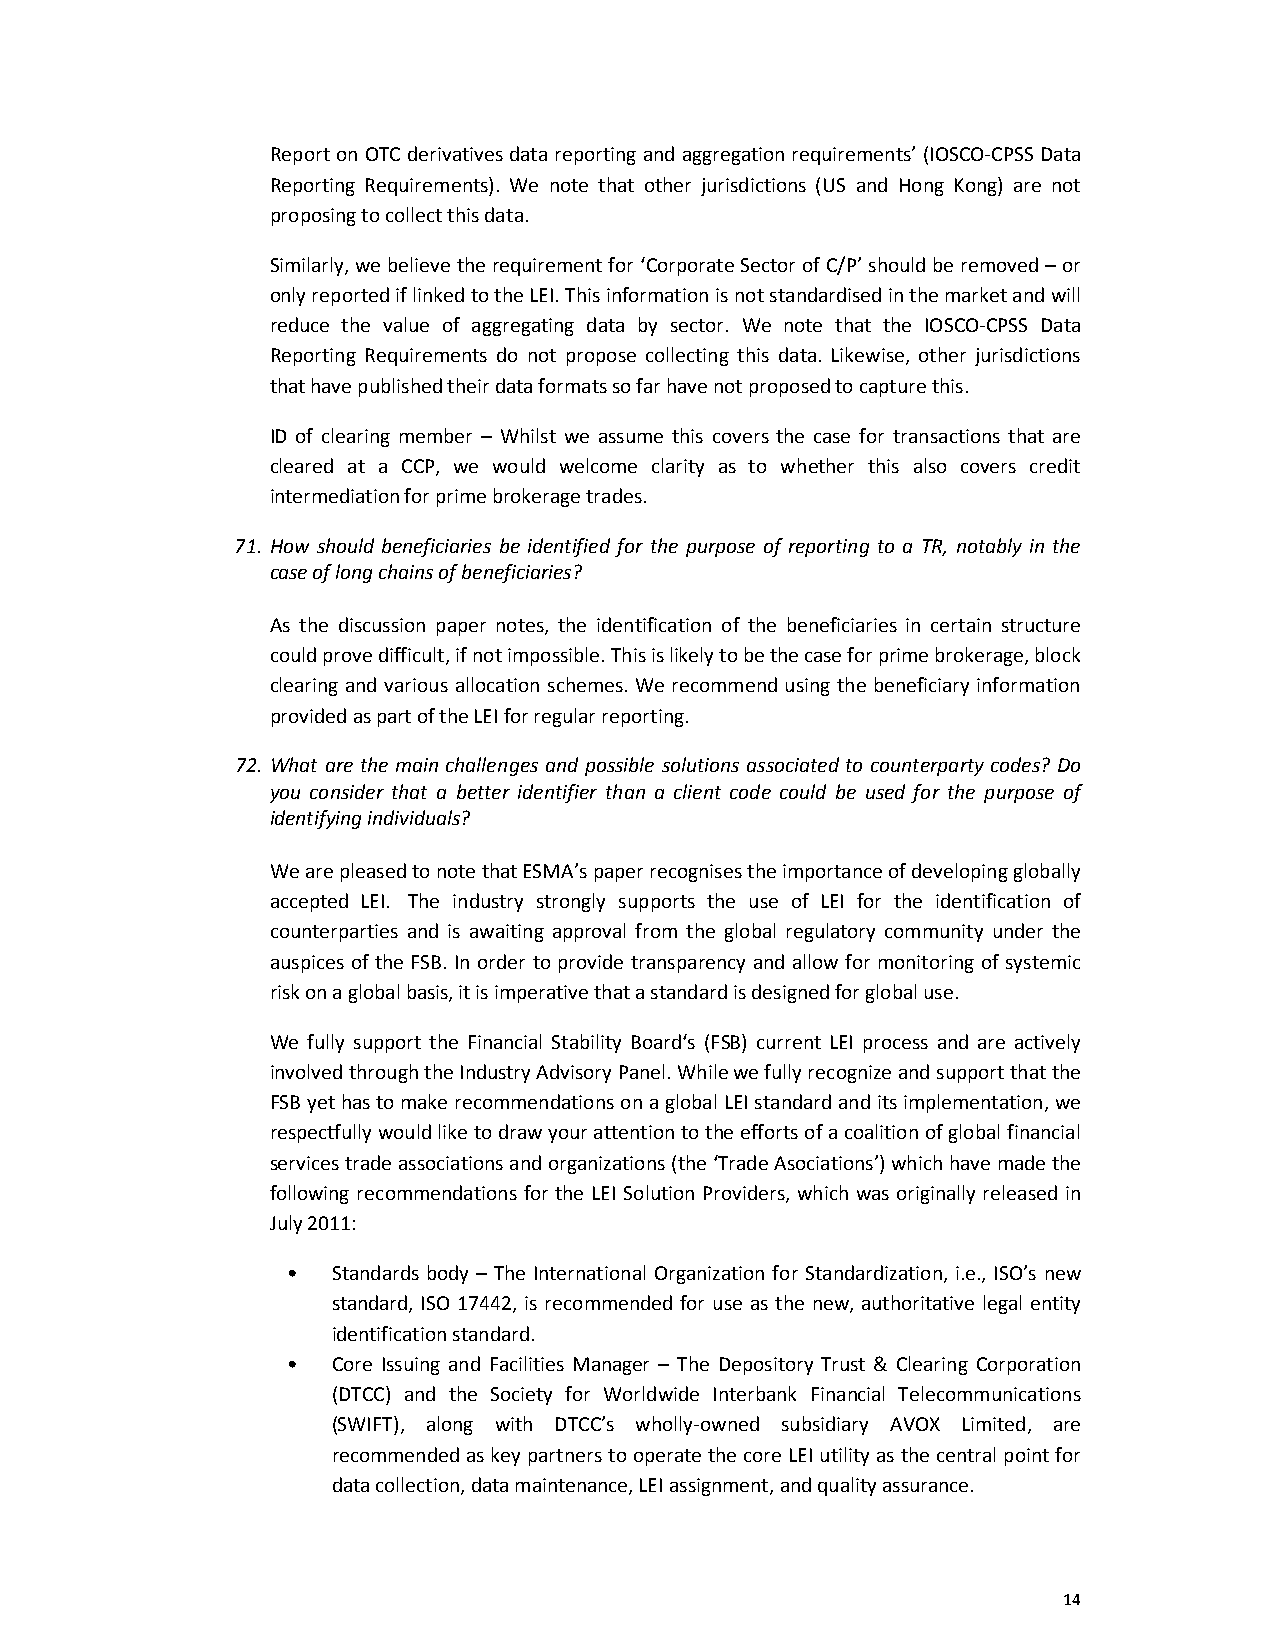
Report on OTC derivatives data reporting and aggregation requirements’ (IOSCO-CPSS Data
 Reporting Requirements). We note that other jurisdictions (US and Hong Kong) are not
 proposing to collect this data.
 Similarly, we believe the requirement for ‘Corporate Sector of C/P’ should be removed – or
 only reported if linked to the LEI. This information is not standardised in the market and will
 reduce the value of aggregating data by sector. We note that the IOSCO-CPSS Data
 Reporting Requirements do not propose collecting this data. Likewise, other jurisdictions
 that have published their data formats so far have not proposed to capture this.
 ID of clearing member – Whilst we assume this covers the case for transactions that are
 cleared at a CCP, we would welcome clarity as to whether this also covers credit
 intermediation for prime brokerage trades.
 71. How should beneficiaries be identified for the purpose of reporting to a TR, notably in the
 case of long chains of beneficiaries?
 As the discussion paper notes, the identification of the beneficiaries in certain structure
 could prove difficult, if not impossible. This is likely to be the case for prime brokerage, block
 clearing and various allocation schemes. We recommend using the beneficiary information
 provided as part of the LEI for regular reporting.
 72. What are the main challenges and possible solutions associated to counterparty codes? Do
 you consider that a better identifier than a client code could be used for the purpose of
 identifying individuals?
 We are pleased to note that ESMA’s paper recognises the importance of developing globally
 accepted LEI. The industry strongly supports the use of LEI for the identification of
 counterparties and is awaiting approval from the global regulatory community under the
 auspices of the FSB. In order to provide transparency and allow for monitoring of systemic
 risk on a global basis, it is imperative that a standard is designed for global use.
 We fully support the Financial Stability Board‘s (FSB) current LEI process and are actively
 involved through the Industry Advisory Panel. While we fully recognize and support that the
 FSB yet has to make recommendations on a global LEI standard and its implementation, we
 respectfully would like to draw your attention to the efforts of a coalition of global financial
 services trade associations and organizations (the ‘Trade Asociations’) which have made the
 following recommendations for the LEI Solution Providers, which was originally released in
 July 2011:
 •  Standards body – The International Organization for Standardization, i.e., ISO’s new
 standard, ISO 17442, is recommended for use as the new, authoritative legal entity
 identification standard.
 •  Core Issuing and Facilities Manager – The Depository Trust & Clearing Corporation
 (DTCC) and the Society for Worldwide Interbank Financial Telecommunications
 (SWIFT), along with DTCC’s wholly-owned subsidiary AVOX Limited, are
 recommended as key partners to operate the core LEI utility as the central point for
 data collection, data maintenance, LEI assignment, and quality assurance.
 14